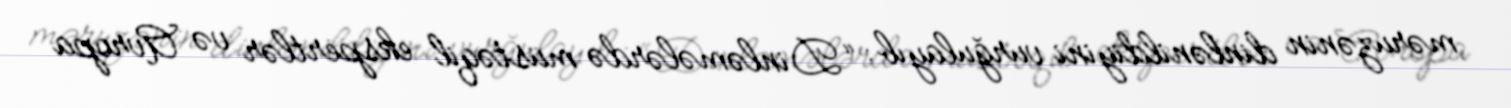
məruzənin dinlənildiyini vurğulayıb: “Dinləmələrdə müstəqil ekspertlər və Avropa